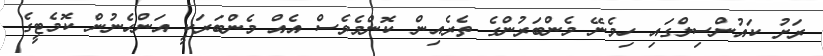
ރަށު ކައުންސިލްގައި ހިމެނޭ މެންބަރުންގެ ތެރެއިން ކޮންމެވެސް އެއް މެންބަރަކީ އަންހެނުން ކޮމެޓީގެ